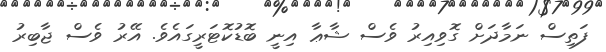
ފަތިސް ނަމާދަށް ގޮވިއިރު ވެސް ޝާޢާ އިނީ ބޮޑުކޮޓަރީގައެވެ. އޭރު ވެސް ޖާބިރު